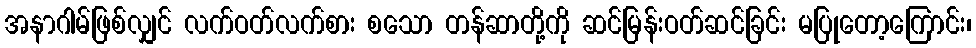
အနာဂါမ်ဖြစ်လျှင် လက်ဝတ်လက်စား စသော တန်ဆာတို့ကို ဆင်မြန်းဝတ်ဆင်ခြင်း မပြုတော့ကြောင်း၊